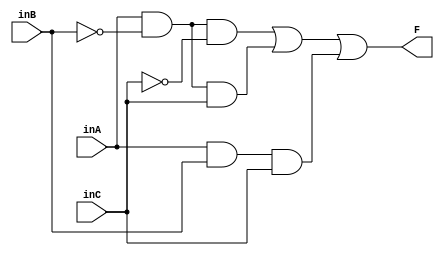
// Luis Pedro Molina  Velsquez - Carn 18822
// Electrnica Digital 1 - Seccin 12
// Laboratorio #4

// Ejercicio 5 - Mdulos con operadores lgicos

// A = SISTEMA ARMADO    = (A)
// B = VENTANA / PUERTA  = (V)
// C = MOVIMIENTO        = (M) 
// F = OUTPUT            = (Y)
 
// Ejercicio 5 - Ecuacin SOP - Y = AB'C' + AB'C + ABC

module gates_eje5_SOP (input wire inA, inB, inC, output wire F);

    assign F = (inA & ~inB & ~inC) | (inA & ~inB & inC) | (inA & inB & inC);

endmodule

// Ejercicio 5 - Ecuacin POS - Y = ABC + ABC' + AB'C + AB'C' + A'B'C

module gates_eje5_POS (input wire inA, inB, inC, output wire F);

    assign F = (inA | inB | inC) & (inA | inB | ~inC) & (inA | ~inB | inC) & (inA | ~inB | ~inC) &
    (~inA | ~inB  |inC);

endmodule 

// Ejercicio 5 - Gate level modelling

// Ejercicio 5 - Ecuacin simplificada - Y = AC + AB'

module gates_eje5_ref (input wire inA, inB, inC, output wire F);
    // Compuertas not
    wire n2;    // B 

    // Compuertas and
    wire a1;
    wire a2;

    // Compuertas lgicas
    not (n2,inB);   //B'

    and (a1,inA,inC);
    and (a2,inA,n2);

    or (F,a1,a2); 

endmodule